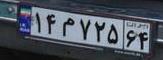
۱۴م۷۲۵۶۴